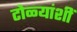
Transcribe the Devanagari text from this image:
टोळ्यांशीं